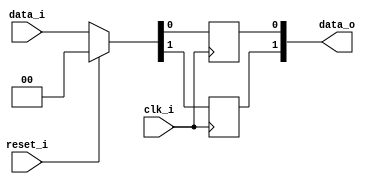
module bsg_dff_reset_2
(
  clk_i,
  reset_i,
  data_i,
  data_o
);

  input [1:0] data_i;
  output [1:0] data_o;
  input clk_i;
  input reset_i;
  wire [1:0] data_o;
  wire N0,N1,N2,N3,N4;
  reg data_o_1_sv2v_reg,data_o_0_sv2v_reg;
  assign data_o[1] = data_o_1_sv2v_reg;
  assign data_o[0] = data_o_0_sv2v_reg;

  always @(posedge clk_i) begin
    if(1'b1) begin
      data_o_1_sv2v_reg <= N4;
    end 
  end


  always @(posedge clk_i) begin
    if(1'b1) begin
      data_o_0_sv2v_reg <= N3;
    end 
  end

  assign { N4, N3 } = (N0)? { 1'b0, 1'b0 } : 
                      (N1)? data_i : 1'b0;
  assign N0 = reset_i;
  assign N1 = N2;
  assign N2 = ~reset_i;

endmodule